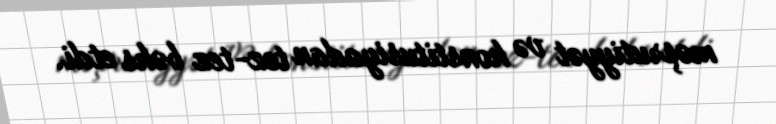
məşrutiyyət və konstitusiyadan tez-tez bəhs etdi.